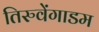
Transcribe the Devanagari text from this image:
तिरुवेंगाडम